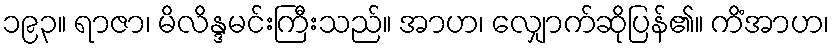
၁၉၃။ ရာဇာ၊ မိလိန္ဒမင်းကြီးသည်။ အာဟ၊ လျှောက်ဆိုပြန်၏။ ကိံအာဟ၊